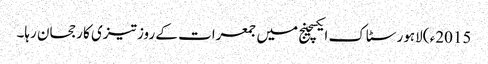
2015ء )لاہور سٹاک ایکسچینج میں جمعرات کے روز تیزی کا رجحان رہا۔